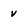
Character: v